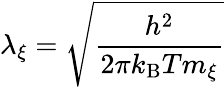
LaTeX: \lambda_{\xi}=\sqrt{\frac{h^{2}}{2\pi k_{\mathrm{B}}Tm_{\xi}}}